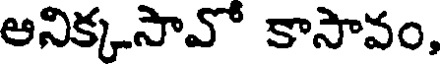
అనిక్కసావో కాసావం,